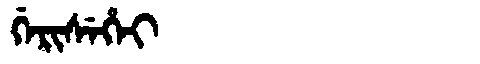
Manchu: ᡤᡝᡵᡳᠰᡝᡥᡝᡳ
Romanization: GERISEHEI